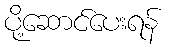
ပို့ဆောင်ပေးရန်